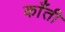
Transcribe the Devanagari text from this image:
काँती